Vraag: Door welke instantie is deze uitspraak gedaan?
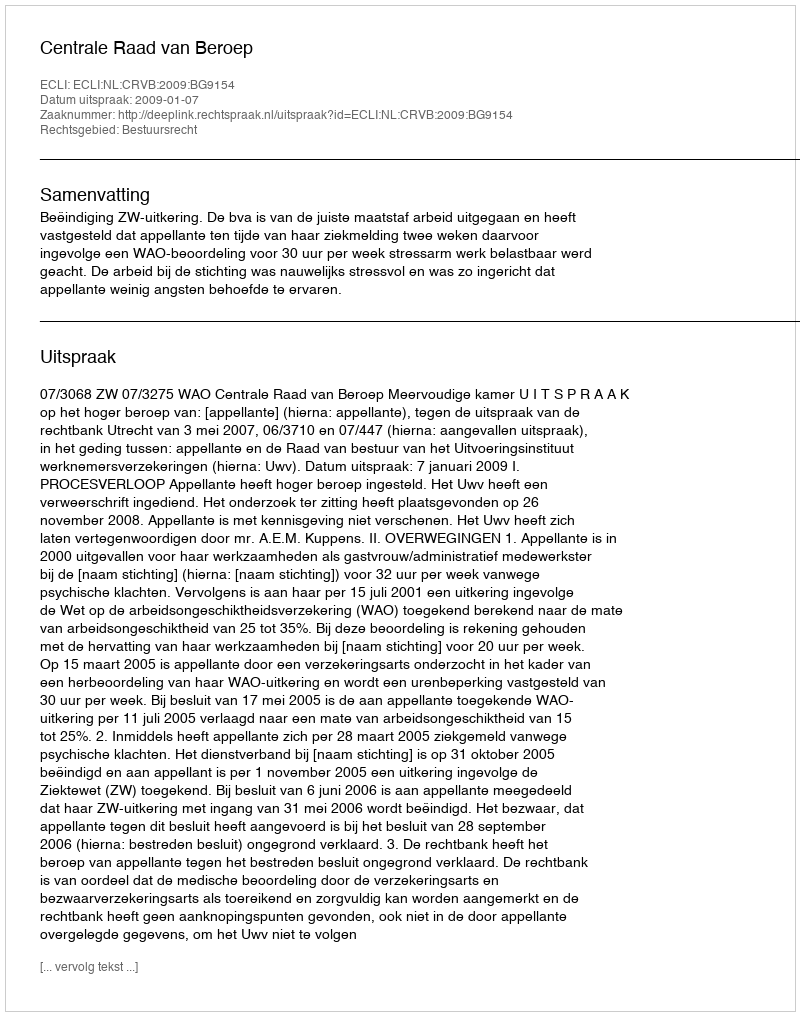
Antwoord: Centrale Raad van Beroep